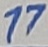
Text: 17